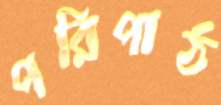
পরিপাঠ